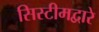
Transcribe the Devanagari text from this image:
सिस्टीमद्वारे